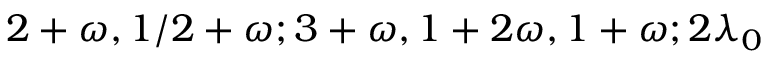
2 + \omega , 1 / 2 + \omega ; 3 + \omega , 1 + 2 \omega , 1 + \omega ; 2 \lambda _ { 0 }